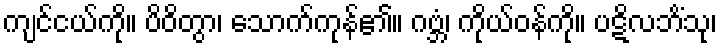
ကျင်ငယ်ကို။ ပိဝိတွာ၊ သောက်ကုန်၏။ ဂဗ္ဘံ၊ ကိုယ်ဝန်ကို။ ပဋိလဘိံသု၊